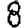
Digit: 8